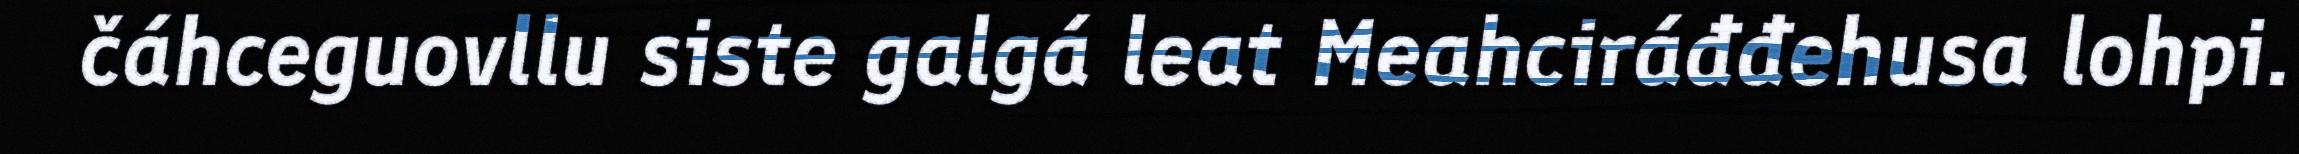
čáhceguovllu siste galgá leat Meahciráđđehusa lohpi.